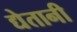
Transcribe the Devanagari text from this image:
द्येतानी